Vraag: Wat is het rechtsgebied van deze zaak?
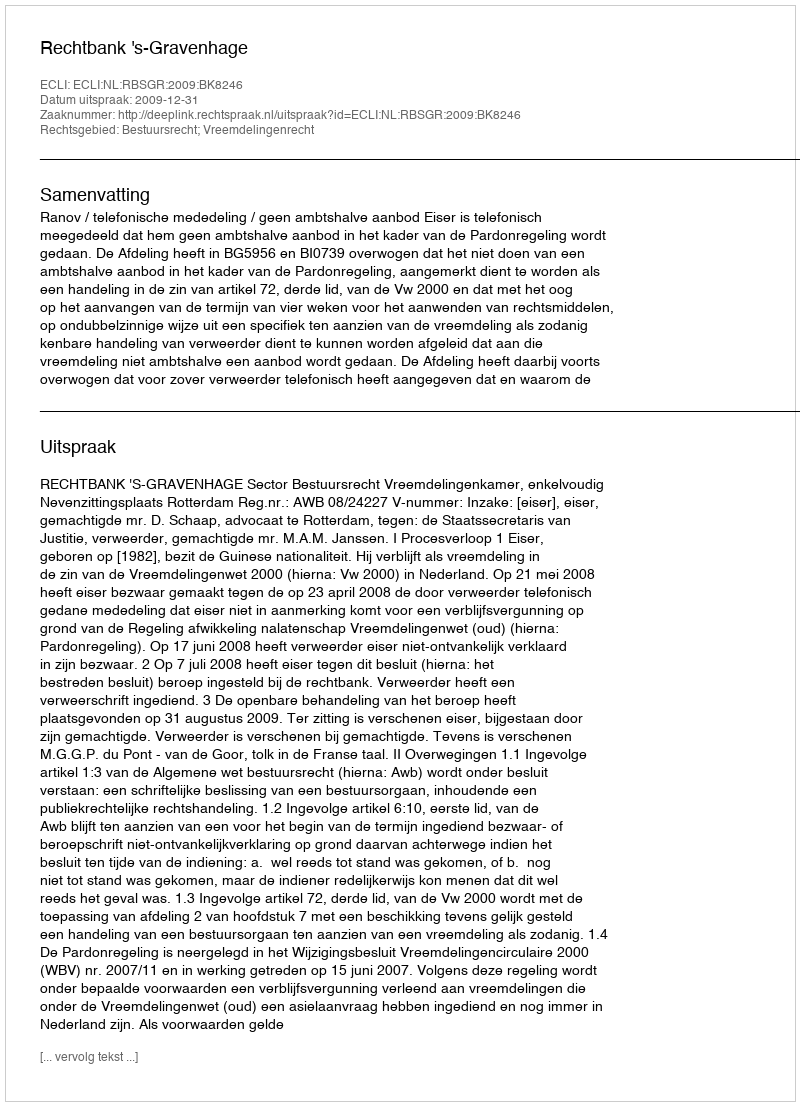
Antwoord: Bestuursrecht; Vreemdelingenrecht